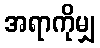
အရာကိုမျှ